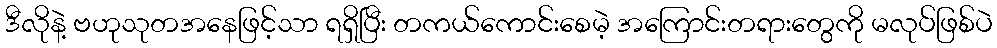
ဒီလိုနဲ့ ဗဟုသုတအနေဖြင့်သာ ရရှိပြီး တကယ်ကောင်းစေမဲ့ အကြောင်းတရားတွေကို မလုပ်ဖြစ်ပဲ